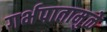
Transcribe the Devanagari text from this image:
गर्भपातामुळे